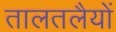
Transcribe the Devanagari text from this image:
तालतलैयों